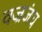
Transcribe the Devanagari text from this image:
वज्रजंघ